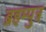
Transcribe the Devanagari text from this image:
ब्रहम्पुत्र